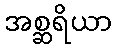
အစ္ဆရိယာ